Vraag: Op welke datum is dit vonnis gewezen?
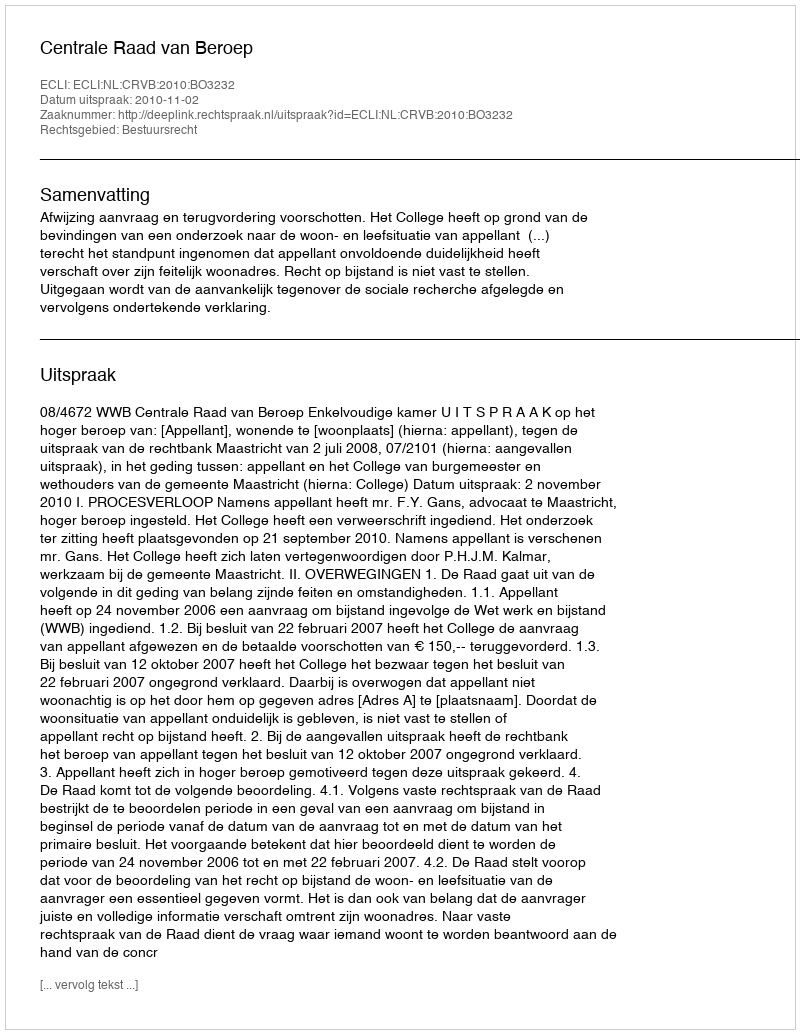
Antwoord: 2010-11-02